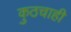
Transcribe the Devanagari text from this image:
कुठचाही